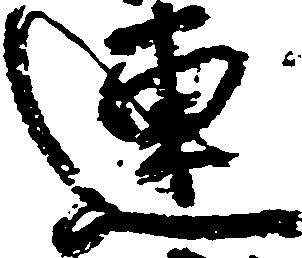
連